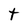
Character: t